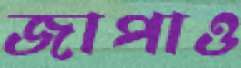
জাপাও